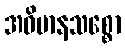
အဓိမာနသစ္စော